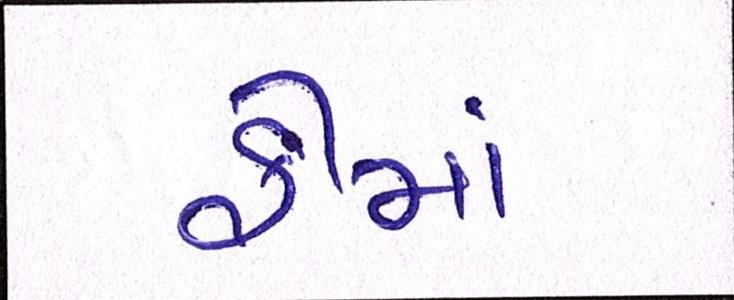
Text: ફીમાં